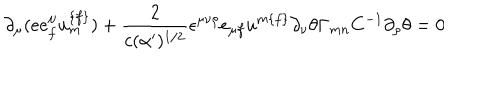
LaTeX: \partial _ { \mu } ( e e _ { { f } } ^ { \mu } u _ { { m } } ^ { { \{ f \} } } ) + { \frac { 2 } { c ( \alpha ^ { \prime } ) ^ { { 1 / 2 } } } } \epsilon ^ { \mu \nu \rho } e _ { \mu { f } } u ^ { { m \{ f \} } } \partial _ { \nu } \theta \Gamma _ { { m n } } C ^ { - { 1 } } \partial _ { \rho } \theta = 0